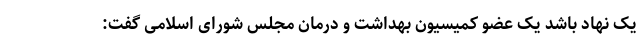
یک نهاد باشد یک عضو کمیسیون بهداشت و درمان مجلس شورای اسلامی گفت: